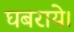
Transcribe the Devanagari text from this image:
घबराये।